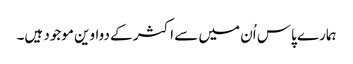
ہمارے پاس اُن میں سے اکثر کے دواوین موجود ہیں۔